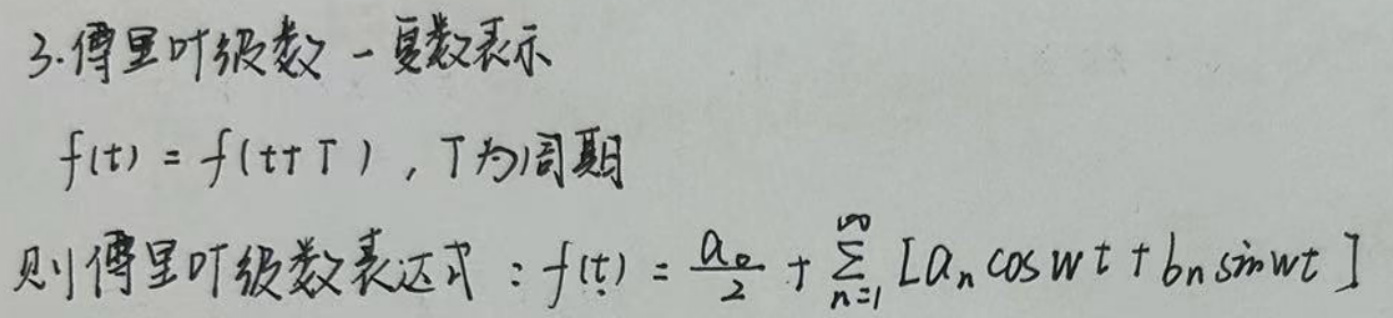
3. 傅里叶级数 - 复数表示

$f(t)=f(t + T)$，$T$为周期

则傅里叶级数表达式：$f(t)=\frac{a_0}{2}+\sum_{n = 1}^{\infty}[a_n\cos\omega t + b_n\sin\omega t]$